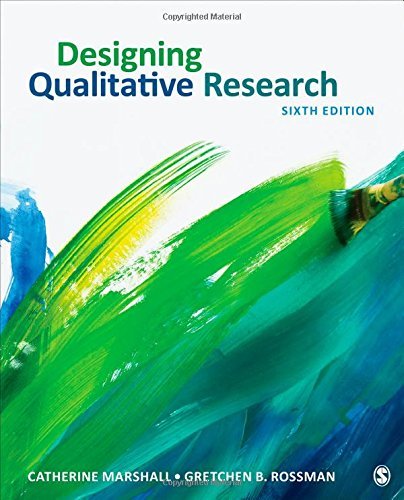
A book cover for Designing Qualitative Research; Catherine Marshall; Science & Math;